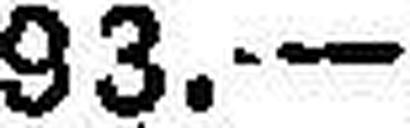
93.—